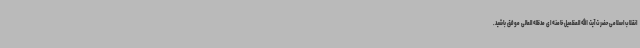
انقلاب اسلامی حضرت آیت الله العظمیل خامنه ای مدظله العالی موفق باشید.